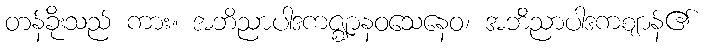
တန်ခိုးသည် ကား။ အဘိညာပါဒကဇ္ဈာနဝသေနေဝ၊ အဘိညာပါဒကဈာန်၏